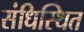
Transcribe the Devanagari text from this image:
संधिस्थित